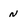
Character: n